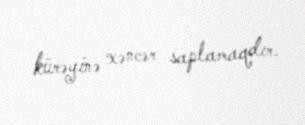
kürəyinə xəncər saplamaqdır.